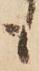
も